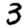
Digit: 3